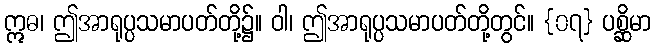
ဣဓ၊ ဤအာရုပ္ပသမာပတ်တို့၌။ ဝါ၊ ဤအာရုပ္ပသမာပတ်တို့တွင်။ {၀၇} ပစ္ဆိမာ